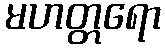
မဟတ္တရော